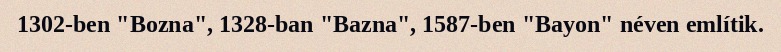
1302-ben "Bozna", 1328-ban "Bazna", 1587-ben "Bayon" néven említik.